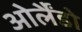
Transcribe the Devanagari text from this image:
ओर्लैंडो